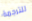
للترجمة